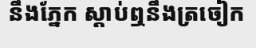
នឹងភ្នែក ស្តាប់ឮនឹងត្រចៀក